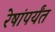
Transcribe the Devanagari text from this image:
रेषांपर्यंत